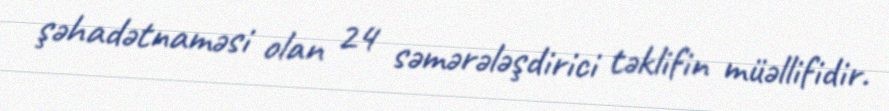
şəhadətnaməsi olan 24 səmərələşdirici təklifin müəllifidir.